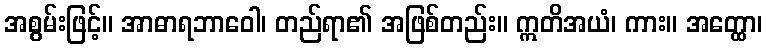
အစွမ်းဖြင့်။ အာဓာရဘာဝေါ၊ တည်ရာ၏ အဖြစ်တည်း။ ဣတိအယံ၊ ကား။ အတ္ထော၊